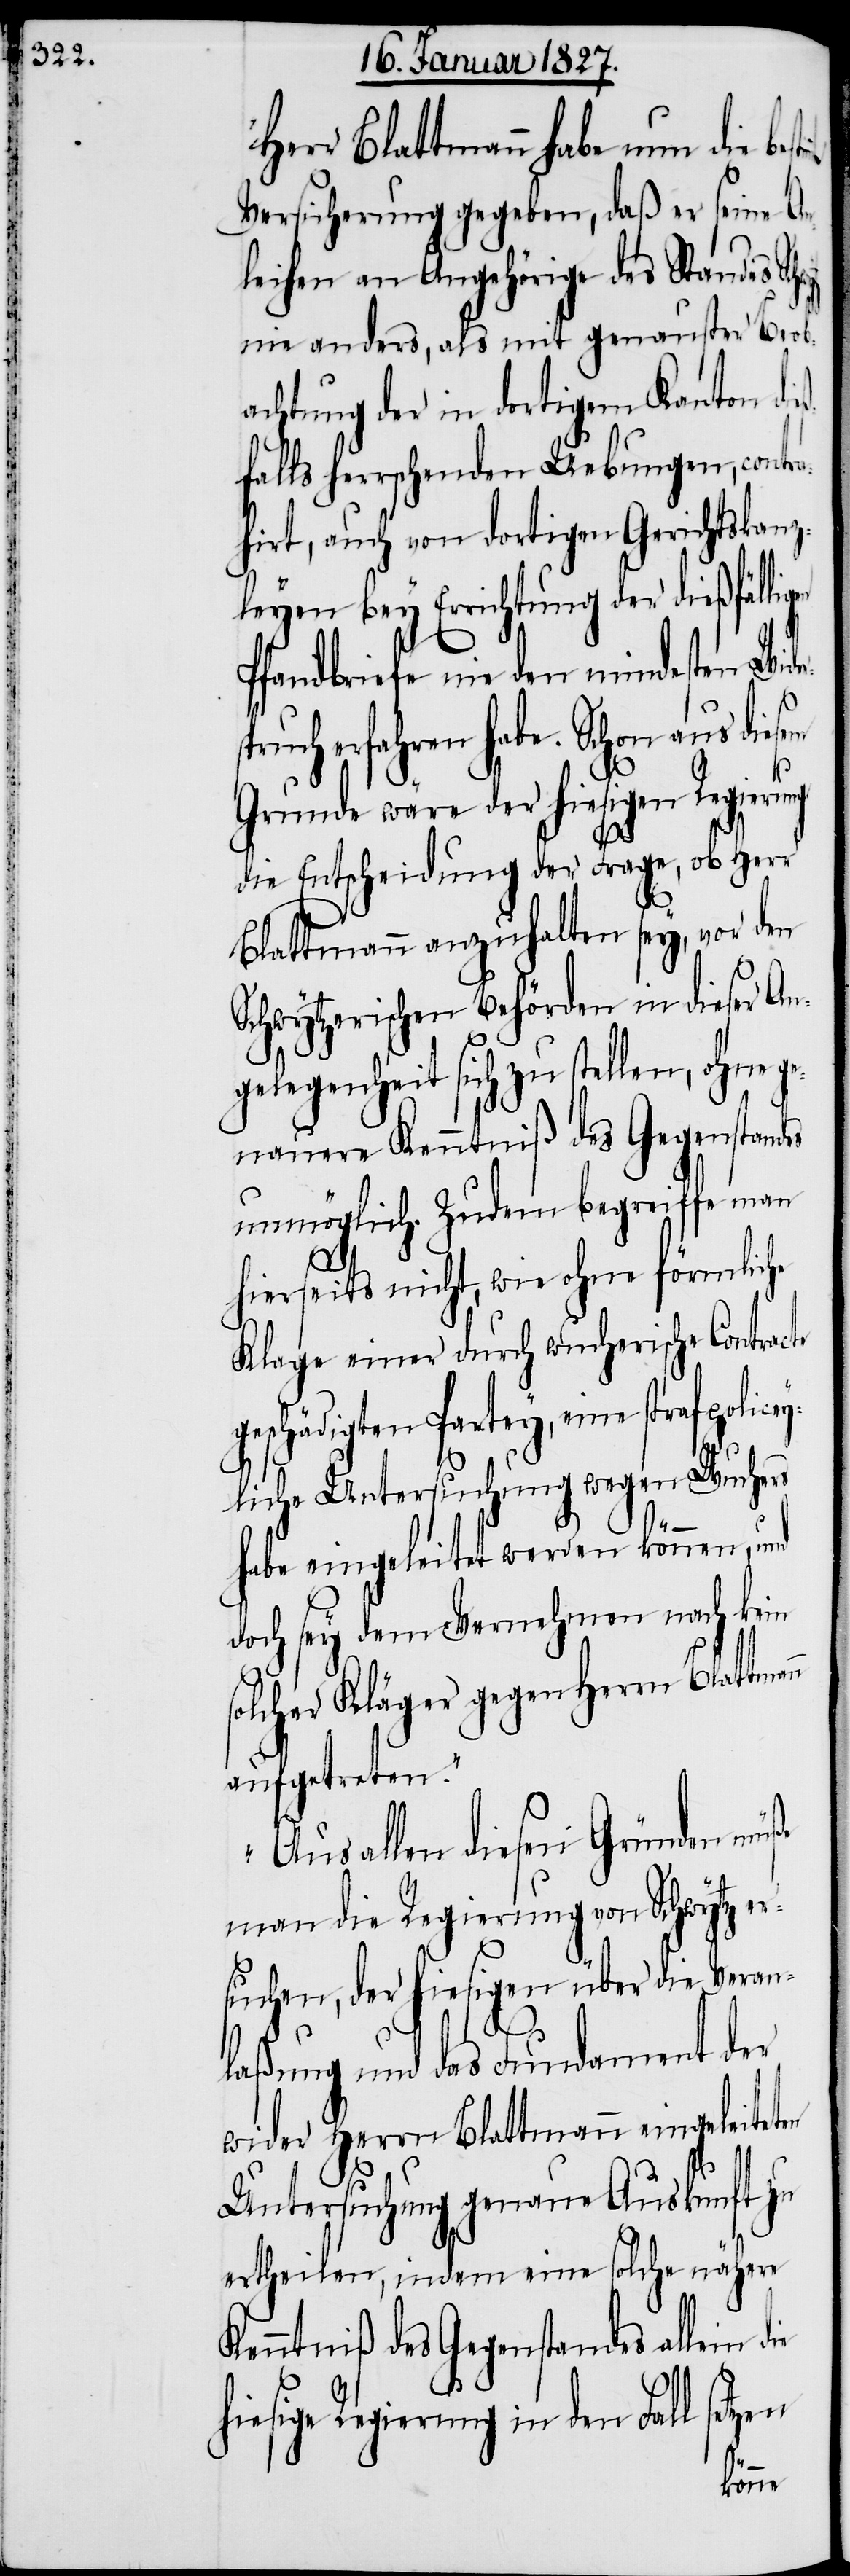
Herr Blattmann habe nun die
Versicherung gegeben, daß er seine An¬
leihen an Angehörige des Standes
nie anders, als mit genauster Beob¬
achtung der in dortigem Kanton di¬
falls herrschenden Uebungen, contr¬
ahirt, auch von dortigen Gerichtskanz¬
leyen bey Errichtung der dießfälli¬
Pfandbriefe nie den mindesten Wid¬
len, ohne ge¬
Grunde wäre der hiesigen Regierung
die Entscheidung der Frage, ob Herr
Blattmann anzuhalten sey, vor den
Schwytzerischen Behörden in dieser An¬
nauere Kenntniß des Gegenstandes
unmöglich. Zudem begreiffe man
hierseits nicht, wie ohne förmliche
Klage einer durch wucherische Contracte
geschädigten Partey, eine strafpolice¬
yliche Untersuchung wegen Wuchers
habe eingeleitet werden können, und
doch sey dem Vernehmen nach kein
solcher Kläger gegen Herrn Blattmann
aufgetreten.
Aus allen diesen Gründen müße
man die Regierung von Schwytz er¬
suchen, der hiesigen über die Veran¬
laßung und das Fundament der
wider Herrn Blattmann eingeleiteten
Untersuchung genaue Auskunft zu
ertheilen, indem eine solche nähere
Kenntniß des Gegenstandes allein d¬
setzen
hiesige Regierung in den Fall